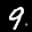
Label: 9